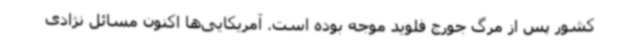
کشور پس از مرگ جورج فلوید موجه بوده است. آمریکایی‌ها اکنون مسائل نژادی